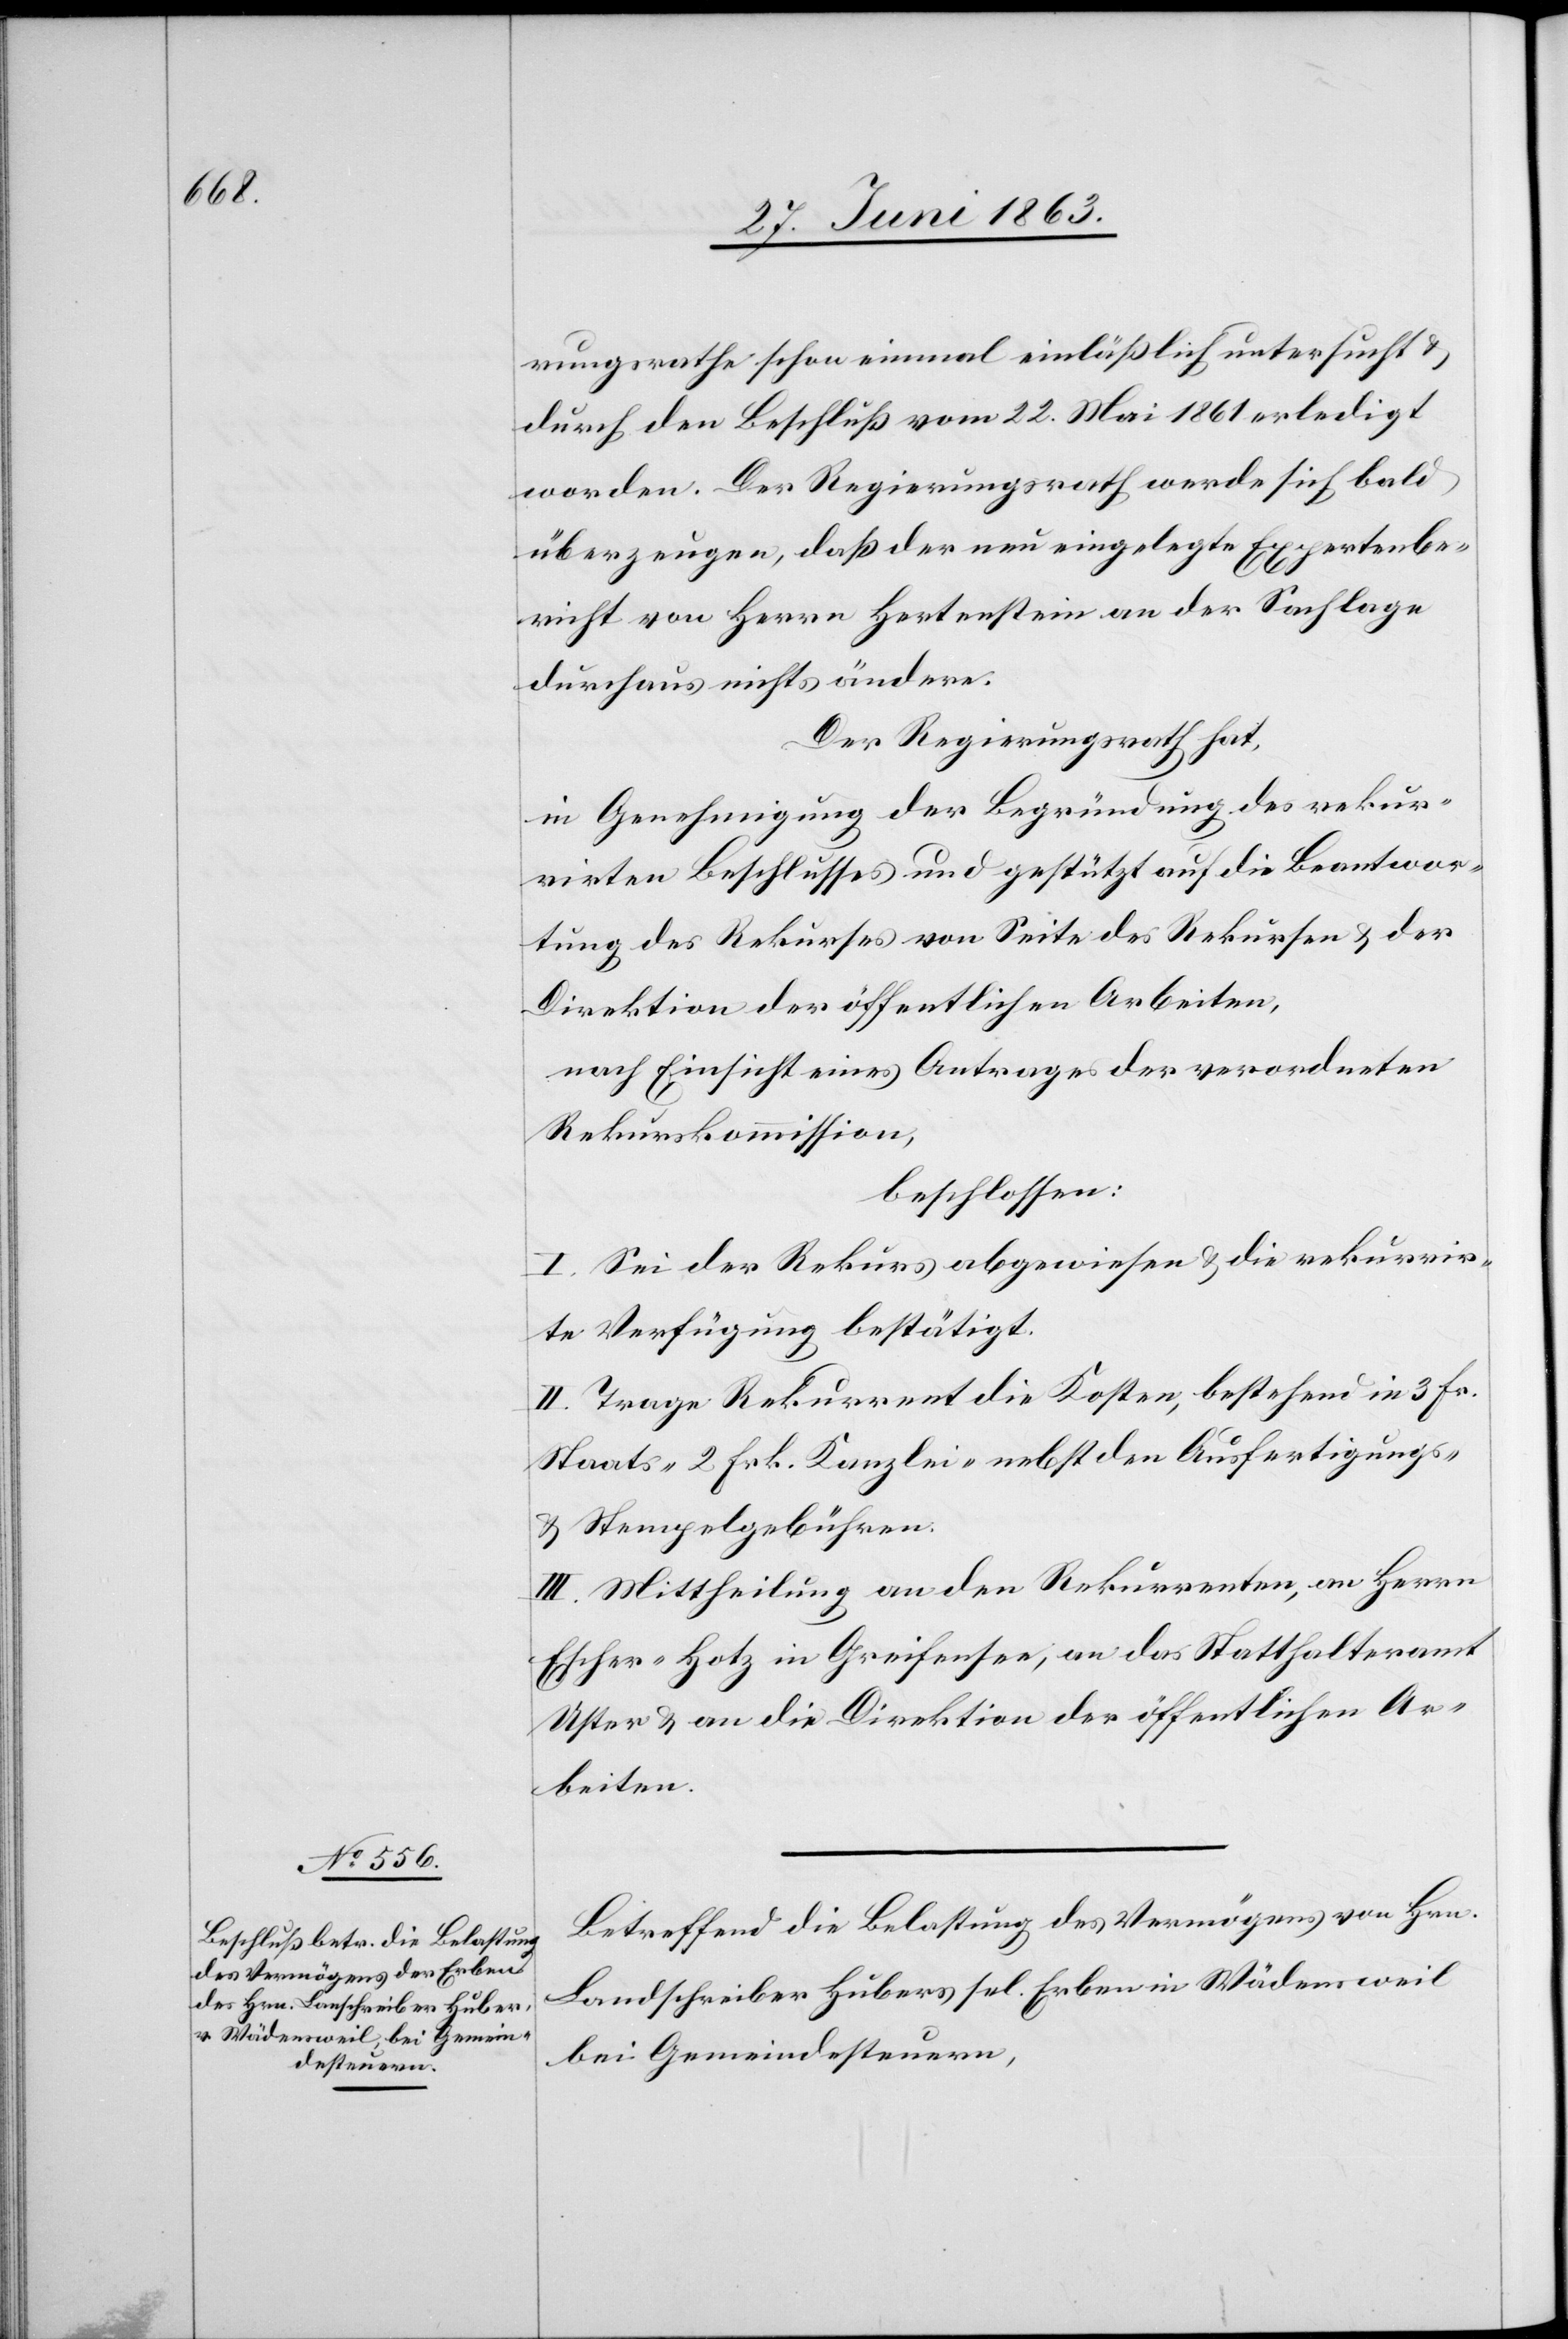
rungsrathe schon einmal einläßlich untersucht &
durch den Beschluß vom 22. Mai 1861 erledigt
worden. Der Regierungsrath werde sich bald
überzeugen, daß der neu eingelegte Expertenbe¬
richt von Herrn Hertenstein an der Sachlage
durchaus nichts ändere.
Der Regierungsrath hat,
in Genehmigung der Begründung des rekur¬
rirten Beschlusses und gestützt auf die Beantwor¬
tung des Rekurses von Seite des Rekursen & der
Direktion der öffentlichen Arbeiten,
nach Einsicht eines Antrages der verordneten
Rekurskommission,
beschlossen:
I. Sei der Rekurs abgewiesen & die rekurrir¬
te Verfügung bestätigt.
II. Trage Rekurrent die Kosten, bestehend in 3 Fr.
Staats-[,] 2 Frk. Kanzlei- nebst den Ausfertigungs-
& Stempelgebühren.
III. Mittheilung an den Rekurrenten, an Herrn
Escher-Hotz in Greifensee, an das Statthalteramt
Uster & an die Direktion der öffentlichen Ar¬
beiten.
Betreffend die Belastung des Vermögens von Hrn.
Landschreiber Hubers sel. Erben in Wädensweil
bei Gemeindesteuern,